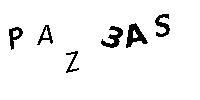
PAZ3AS